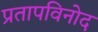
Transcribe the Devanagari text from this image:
प्रतापविनोद